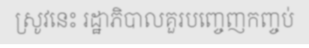
ស្រូវនេះ រដ្ឋាភិបាលគួរបញ្ចេញកញ្ចប់